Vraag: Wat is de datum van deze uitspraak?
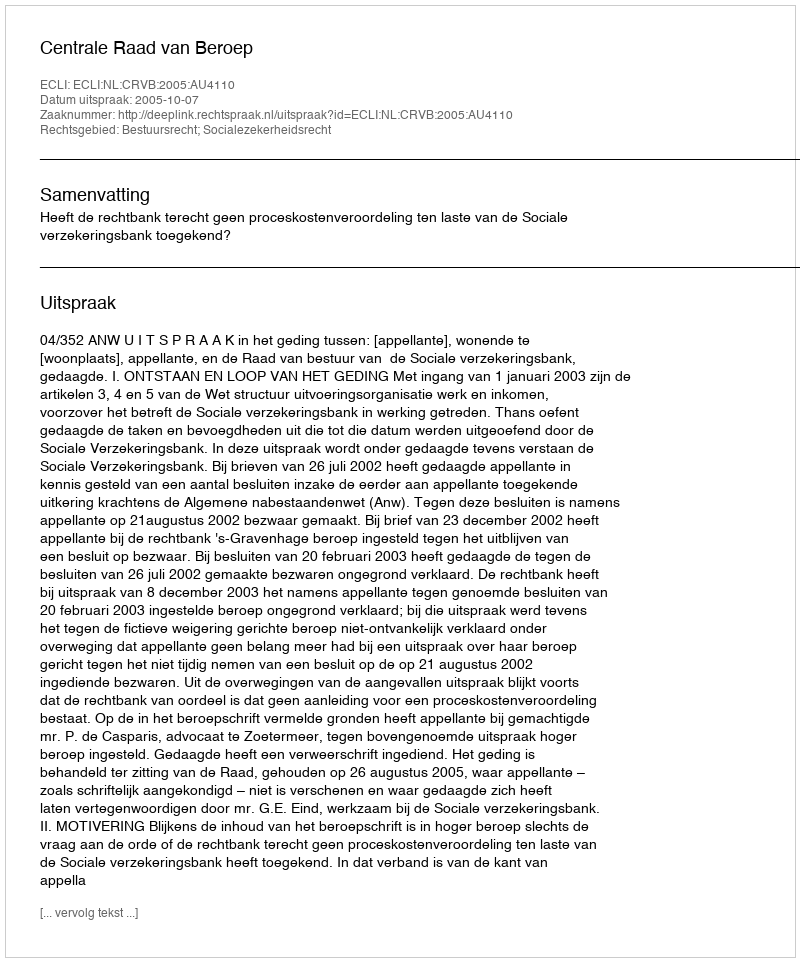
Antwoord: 2005-10-07